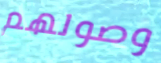
وصولهم